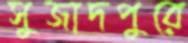
সুজাদপুরে